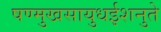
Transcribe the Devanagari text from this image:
षण्मुखसायुधईशनुते